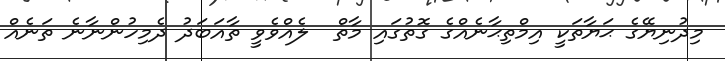
މިދުނިޔޭގެ ޙަޔާތަކީ އިމްތިޙާނެއްގެ ގޮތުގައި މާތް  ލެއްވެވީ ތާއަބަދު ދެމިހުންނާނެ ތަނެއް